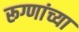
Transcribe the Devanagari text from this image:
रूग्णांच्या